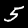
Digit: 5